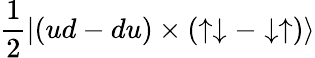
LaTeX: \frac 12\left|\left(ud-du\right)\times\left(\uparrow\downarrow-\downarrow\uparrow\right)\right>